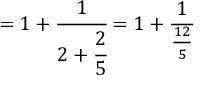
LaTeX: = 1 + { \cfrac { 1 } { 2 + { \cfrac { 2 } { 5 } } } } = 1 + { \cfrac { 1 } { \frac { 1 2 } { 5 } } }